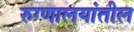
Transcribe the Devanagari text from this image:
रुग्णालयांतील